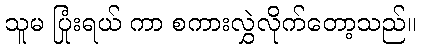
သူမ ပြုံးရယ် ကာ စကားလွှဲလိုက်တော့သည်။